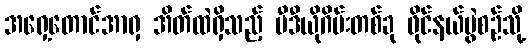
အရှေ့တောင်အာရှ အိတ်ထဲရှိသည့် ဗီဒီယိုဂိမ်းတစ်ခု ဖိုင်နယ်ပွဲစဉ်သို့